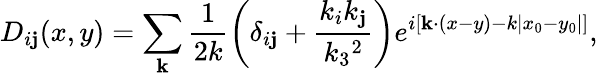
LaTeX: D_{i\mathbf{j}}(x,y)=\sum_{\mathbf{k}}\frac{{1}}{{2k}}\left(\delta_{i\mathbf{j}}+\frac{{k_{i}k_{\mathbf{j}}}}{{k_{3}{}^{2}}}\right)e^{i\left[{\mathbf{k}\cdot(x-y)}-k|x_{0}-y_{0}|\right]},